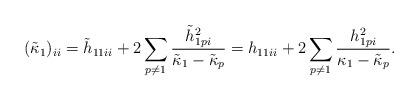
LaTeX: \begin{align*}(\tilde{\kappa}_1)_{ii}=\tilde{h}_{11ii}+2\sum_{p\neq 1}\frac{\tilde{h}_{1pi}^2}{\tilde{\kappa}_1-\tilde{\kappa}_p}=h_{11ii}+2\sum_{p\neq 1}\frac{h_{1pi}^2}{\kappa_1-\tilde{\kappa}_p}.\end{align*}